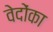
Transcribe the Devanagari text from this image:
वेदोंका